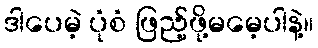
ဒါပေမဲ့ ပုံစံ ဖြည့်ဖို့မမေ့ပါနဲ့။